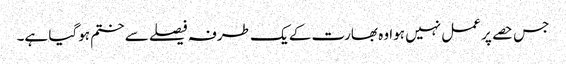
جس حصے پر عمل نہیں ہوا وہ بھارت کے یک طرفہ فیصلے سے ختم ہوگیا ہے۔